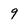
Character: 9